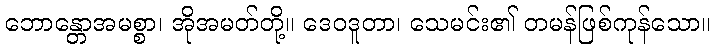
ဘောန္တောအမစ္စာ၊ အိုအမတ်တို့။ ဒေဝဒူတာ၊ သေမင်း၏ တမန်ဖြစ်ကုန်သော။